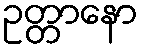
ဥတ္တာနော